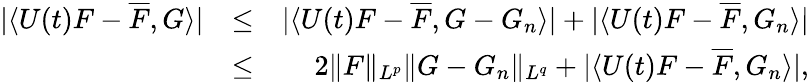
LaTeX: \begin{array}{rlr}{|\langle U(t)F-\overline{{F}},G\rangle|}&{\leq}&{|\langle U(t)F-\overline{{F}},G-G_{n}\rangle|+|\langle U(t)F-\overline{{F}},G_{n}\rangle|}\\ &{\leq}&{2\| F\| _{L^{p}}\| G-G_{n}\| _{L^{q}}+|\langle U(t)F-\overline{{F}},G_{n}\rangle|,}\end{array}